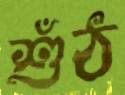
শুঁঠ